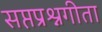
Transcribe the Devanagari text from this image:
सप्तप्रश्नगीता